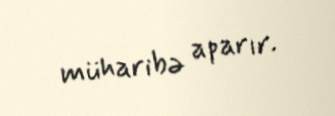
müharibə aparır.